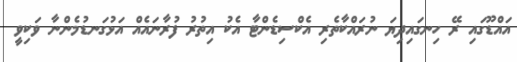
އައްޑޫގައި ރޭ ހިނގައިދިޔަ ނުރައްކާތެރި އެކްސިޑެންޓާ އެކު އިތުރު ފުރާނައެއް އަޅުގަނޑުމެންނާ ވަކިވީ